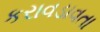
કરાવડાવતા